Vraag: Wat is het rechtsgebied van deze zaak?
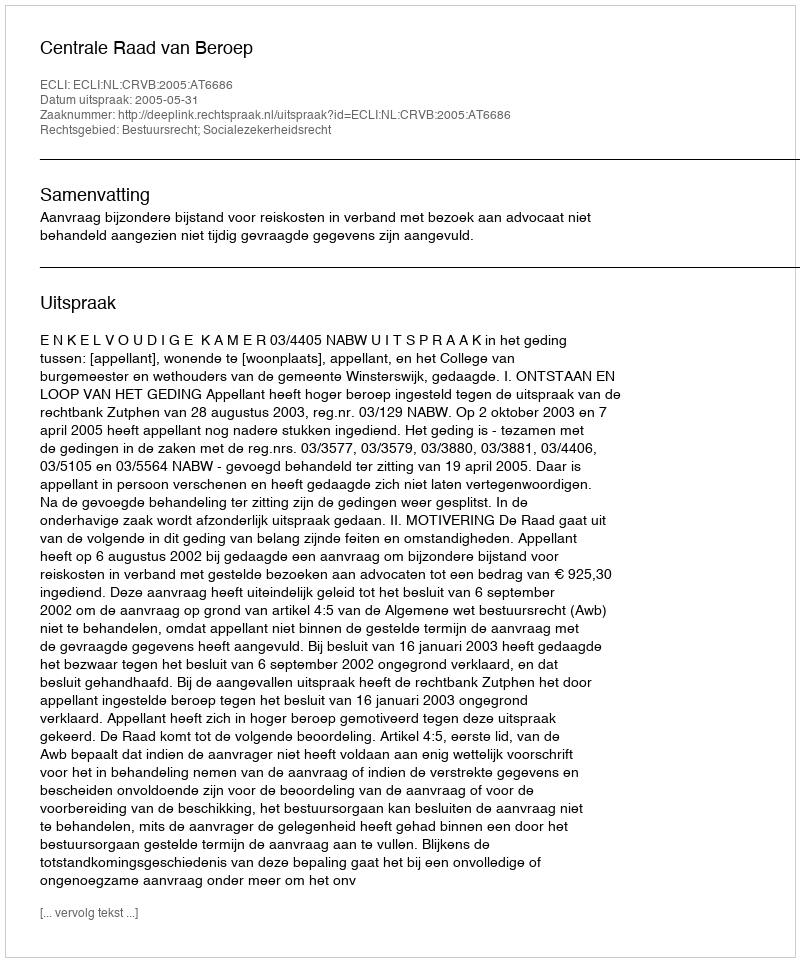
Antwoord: Bestuursrecht; Socialezekerheidsrecht